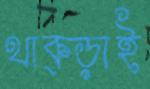
থাক্‌ড়াই